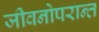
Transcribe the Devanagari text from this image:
जीवनोपरान्त